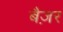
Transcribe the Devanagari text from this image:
बैज़र